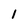
Character: 1